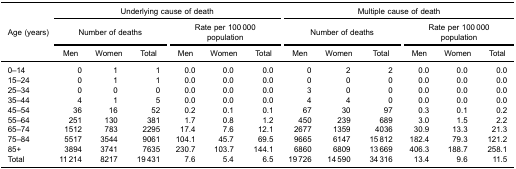
| <ROWSPAN=5> Age (years) | <COLSPAN=6> Underlying cause of death | <COLSPAN=6> Multiple cause of death |
 | <COLSPAN=3> Number of deaths | <COLSPAN=3> Rate per 100 000 ​population | <COLSPAN=3> Number of deaths | <COLSPAN=3> Rate per 100 000 ​population |
 | Men | Women | Total | Men | Women | Total | Men | Women | Total | Men | Women | Total |
 | --- | --- | --- | --- | --- | --- | --- | --- | --- | --- | --- | --- | --- |
 | 0–14 | 0 | 1 | 1 | 0.0 | 0.0 | 0.0 | 0 | 2 | 2 | 0.0 | 0.0 | 0.0 |
 | 15–24 | 0 | 1 | 1 | 0.0 | 0.0 | 0.0 | 0 | 0 | 0 | 0.0 | 0.0 | 0.0 |
 | 25–34 | 0 | 0 | 0 | 0.0 | 0.0 | 0.0 | 3 | 0 | 0 | 0.0 | 0.0 | 0.0 |
 | 35–44 | 4 | 1 | 5 | 0.0 | 0.0 | 0.0 | 4 | 4 | 0 | 0.0 | 0.0 | 0.0 |
 | 45–54 | 36 | 16 | 52 | 0.2 | 0.1 | 0.1 | 67 | 30 | 97 | 0.3 | 0.1 | 0.2 |
 | 55–64 | 251 | 130 | 381 | 1.7 | 0.8 | 1.2 | 450 | 239 | 689 | 3.0 | 1.5 | 2.2 |
 | 65–74 | 1512 | 783 | 2295 | 17.4 | 7.6 | 12.1 | 2677 | 1359 | 4036 | 30.9 | 13.3 | 21.3 |
 | 75–84 | 5517 | 3544 | 9061 | 104.1 | 45.7 | 69.5 | 9665 | 6147 | 15 812 | 182.4 | 79.3 | 121.2 |
 | 85+ | 3894 | 3741 | 7635 | 230.7 | 103.7 | 144.1 | 6860 | 6809 | 13 669 | 406.3 | 188.7 | 258.1 |
 | Total | 11 214 | 8217 | 19 431 | 7.6 | 5.4 | 6.5 | 19 726 | 14 590 | 34 316 | 13.4 | 9.6 | 11.5 |